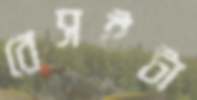
বেসইটা